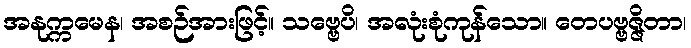
အနုက္ကမေန၊ အစဉ်အားဖြင့်။ သဗ္ဗေပိ၊ အလုံးစုံကုန်သော။ တေပဗ္ဗဇ္ဇိတာ၊